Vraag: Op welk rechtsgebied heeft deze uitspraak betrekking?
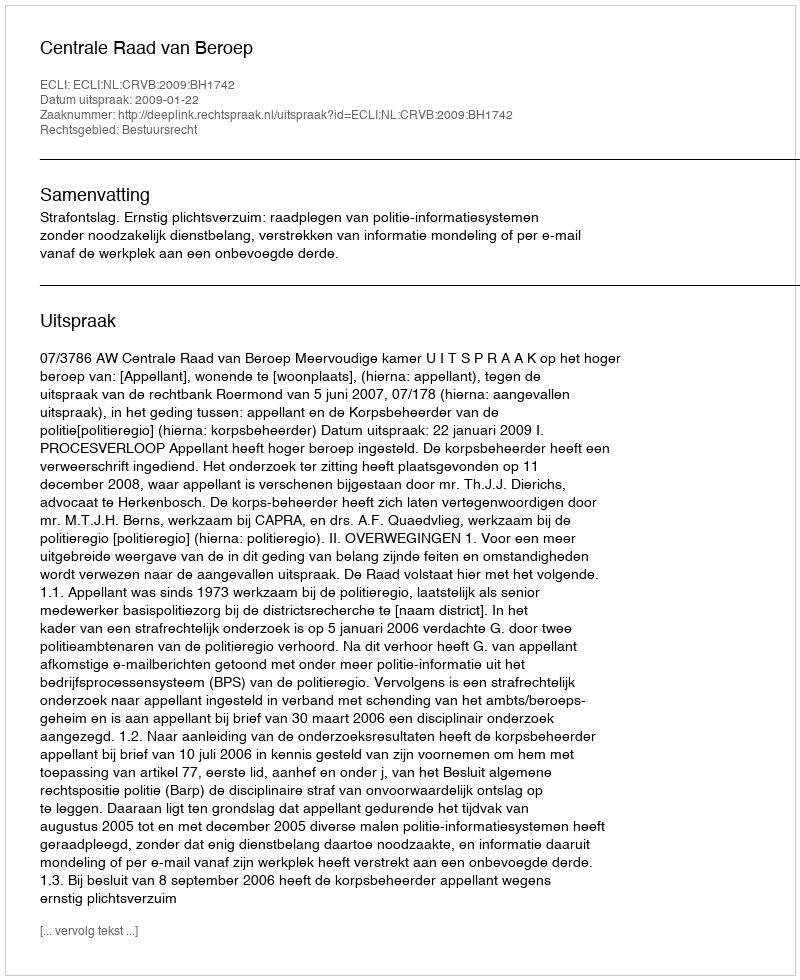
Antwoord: Bestuursrecht